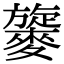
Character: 𪍧